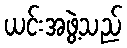
ယင်းအဖွဲ့သည်